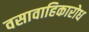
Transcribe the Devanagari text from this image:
वसावाहिकारोध